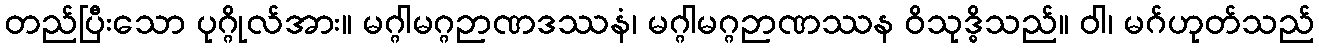
တည်ပြီးသော ပုဂ္ဂိုလ်အား။ မဂ္ဂါမဂ္ဂဉာဏဒဿနံ၊ မဂ္ဂါမဂ္ဂဉာဏဿန ဝိသုဒ္ဓိသည်။ ဝါ၊ မဂ်ဟုတ်သည်